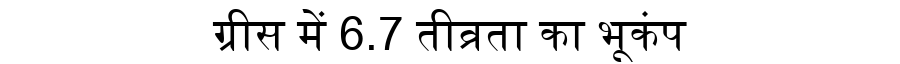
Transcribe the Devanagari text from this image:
ग्रीस में 6.7 तीव्रता का भूकंप